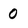
Character: 0